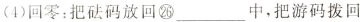
(4)回零：把砝码放回㉖___中，把游码拨回